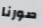
صورنا